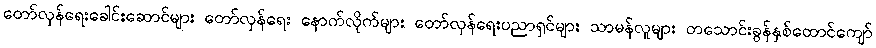
တော်လှန်ရေးခေါင်းဆောင်များ တော်လှန်ရေး နောက်လိုက်များ တော်လှန်ရေးပညာရှင်များ သာမန်လူများ တသောင်းခွန်နှစ်ထောင်ကျော်